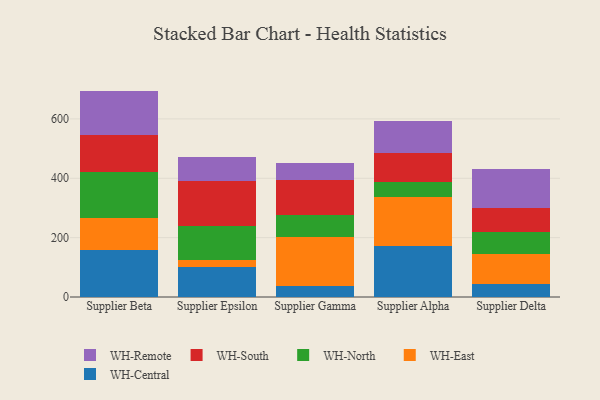
{"axis": {"x": "Supplier", "y": "Population (Million)"}, "legend": ["WH-Central", "WH-East", "WH-North", "WH-Remote", "WH-South"], "data": [{"x": "Supplier Beta", "y": 159.9, "type": "WH-Central"}, {"x": "Supplier Beta", "y": 107.1, "type": "WH-East"}, {"x": "Supplier Beta", "y": 152.7, "type": "WH-North"}, {"x": "Supplier Beta", "y": 125.1, "type": "WH-South"}, {"x": "Supplier Beta", "y": 149.7, "type": "WH-Remote"}, {"x": "Supplier Epsilon", "y": 100.7, "type": "WH-Central"}, {"x": "Supplier Epsilon", "y": 22.5, "type": "WH-East"}, {"x": "Supplier Epsilon", "y": 114.9, "type": "WH-North"}, {"x": "Supplier Epsilon", "y": 152.3, "type": "WH-South"}, {"x": "Supplier Epsilon", "y": 80.6, "type": "WH-Remote"}, {"x": "Supplier Gamma", "y": 35.6, "type": "WH-Central"}, {"x": "Supplier Gamma", "y": 166.1, "type": "WH-East"}, {"x": "Supplier Gamma", "y": 73.3, "type": "WH-North"}, {"x": "Supplier Gamma", "y": 120.4, "type": "WH-South"}, {"x": "Supplier Gamma", "y": 56.6, "type": "WH-Remote"}, {"x": "Supplier Alpha", "y": 173.0, "type": "WH-Central"}, {"x": "Supplier Alpha", "y": 163.6, "type": "WH-East"}, {"x": "Supplier Alpha", "y": 51.9, "type": "WH-North"}, {"x": "Supplier Alpha", "y": 96.2, "type": "WH-South"}, {"x": "Supplier Alpha", "y": 107.6, "type": "WH-Remote"}, {"x": "Supplier Delta", "y": 42.7, "type": "WH-Central"}, {"x": "Supplier Delta", "y": 102.4, "type": "WH-East"}, {"x": "Supplier Delta", "y": 72.9, "type": "WH-North"}, {"x": "Supplier Delta", "y": 81.2, "type": "WH-South"}, {"x": "Supplier Delta", "y": 132.2, "type": "WH-Remote"}]}